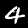
Label: 4